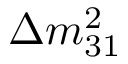
\Delta m _ { 3 1 } ^ { 2 }